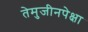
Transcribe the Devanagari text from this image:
तेमुजीनपेक्षा